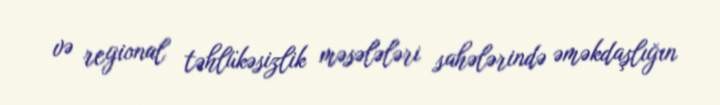
və regional təhlükəsizlik məsələləri sahələrində əməkdaşlığın